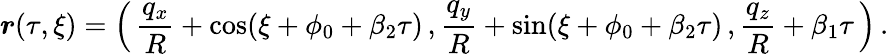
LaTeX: \boldsymbol{r}(\tau,\xi)=\Bigl(\, \frac{q_{x}}{R}+\cos(\xi+\phi_{0}+\beta_{2}\tau)\, ,\frac{q_{y}}{R}+\sin(\xi+\phi_{0}+\beta_{2}\tau)\, ,\frac{q_{z}}{R}+\beta_{1}\tau\, \Bigr)\, .